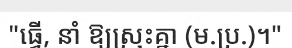
"ធ្វើ, នាំ ឱ្យស្រុះគ្នា (ម.ប្រ.)។"